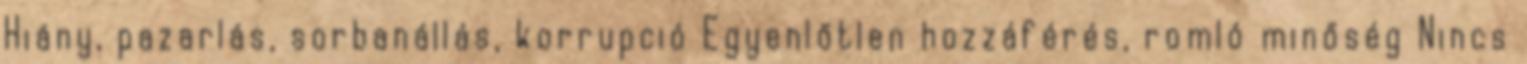
Hiány, pazarlás, sorbanállás, korrupció Egyenlőtlen hozzáférés, romló minőség Nincs